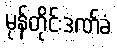
မုန်တိုင်းဒဏ်ခံ